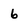
Character: 6